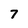
Character: 7